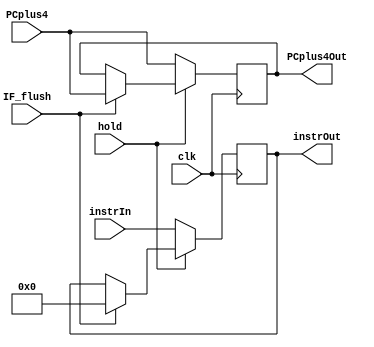
module IF_ID_Reg(instrOut,PCplus4Out,PCplus4,instrIn,clk,hold,IF_flush);

/* This module is used for modelling the register present between IF and ID stages, used to store data that is passed on to next stages. Flush is used for resolving 
   control hazards where all instructions in the pipeline are made 0 or nop */

input [31:0] instrIn,PCplus4;
input clk ,hold,IF_flush;
output reg [31:0] instrOut, PCplus4Out;

always @(posedge clk)
begin
  if (hold==1'b0) 
	begin
		PCplus4Out<=PCplus4;
		instrOut <= instrIn;
	end
  else if (IF_flush==1'b1)
	begin
		PCplus4Out<=PCplus4; 
		instrOut<=32'b0;
	end
end
  
endmodule